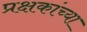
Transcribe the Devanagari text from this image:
प्रक्षकांच्या